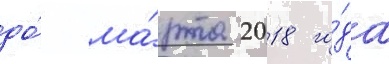
до́ ма́рта 2018 го́да